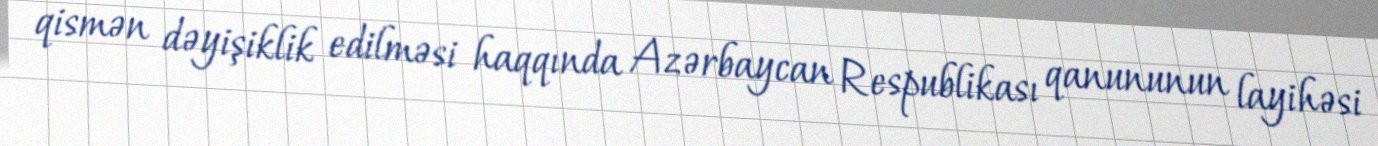
qismən dəyişiklik edilməsi haqqında Azərbaycan Respublikası qanununun layihəsi